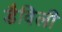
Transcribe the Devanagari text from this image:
डैविली